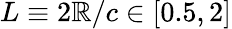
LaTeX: L\equiv2\mathbb{R}/c\in[0.5,2]